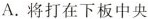
A.将打在下板中央